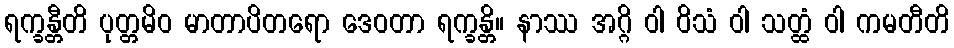
ရက္ခန္တီတိ ပုတ္တမိဝ မာတာပိတရော ဒေဝတာ ရက္ခန္တိ။ နာဿ အဂ္ဂိ ဝါ ဝိသံ ဝါ သတ္ထံ ဝါ ကမတီတိ